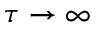
\tau \rightarrow \infty